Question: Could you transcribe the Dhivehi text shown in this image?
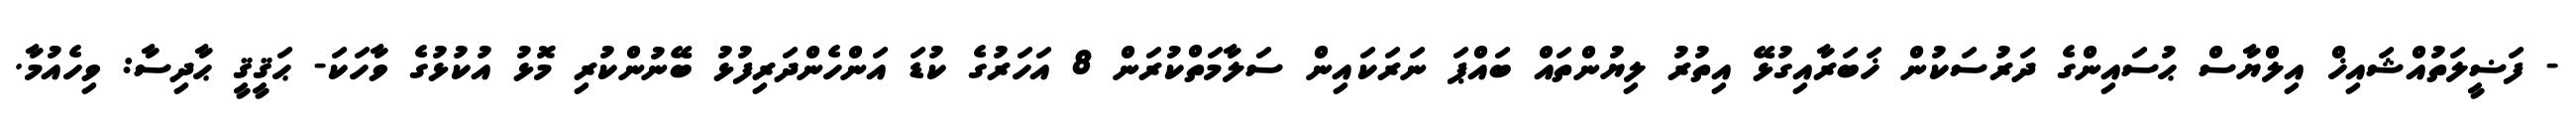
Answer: - ފަޟީލަތުއްޝައިޚް އިލްޔާސް ޙުސައިންގެ ދަރުސަކުން ޚަބަރާއިގުޅޭ އިތުރު ލިޔުންތައް ބައްޕަ ނަރަކައިން ސަލާމަތްކުރަން 8 އަހަރުގެ ކުޑަ އަންހެންދަރިފުޅު ބޭނުންކުރި މޮޅު އުކުޅުގެ ވާހަކަ- ޙަޤީޤީ ޙާދިސާ: ވިހެއުމާ.